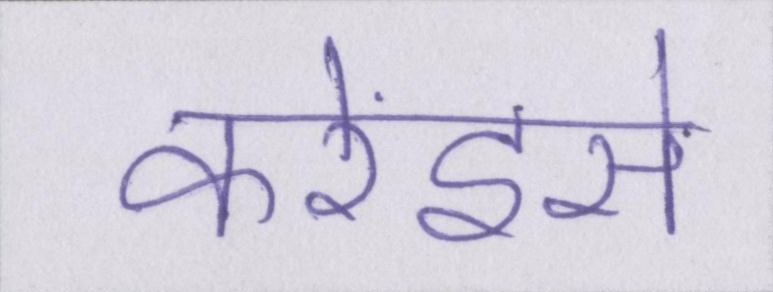
करेंइसे